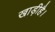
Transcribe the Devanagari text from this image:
खाड़ीहै।